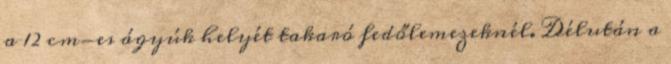
a 12 cm-es ágyúk helyét takaró fedőlemezeknél. Délután a